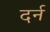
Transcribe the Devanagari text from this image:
दर्न